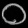
Digit: ၀